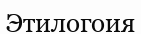
Этилогоия